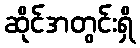
ဆိုင်အတွင်းရှိ